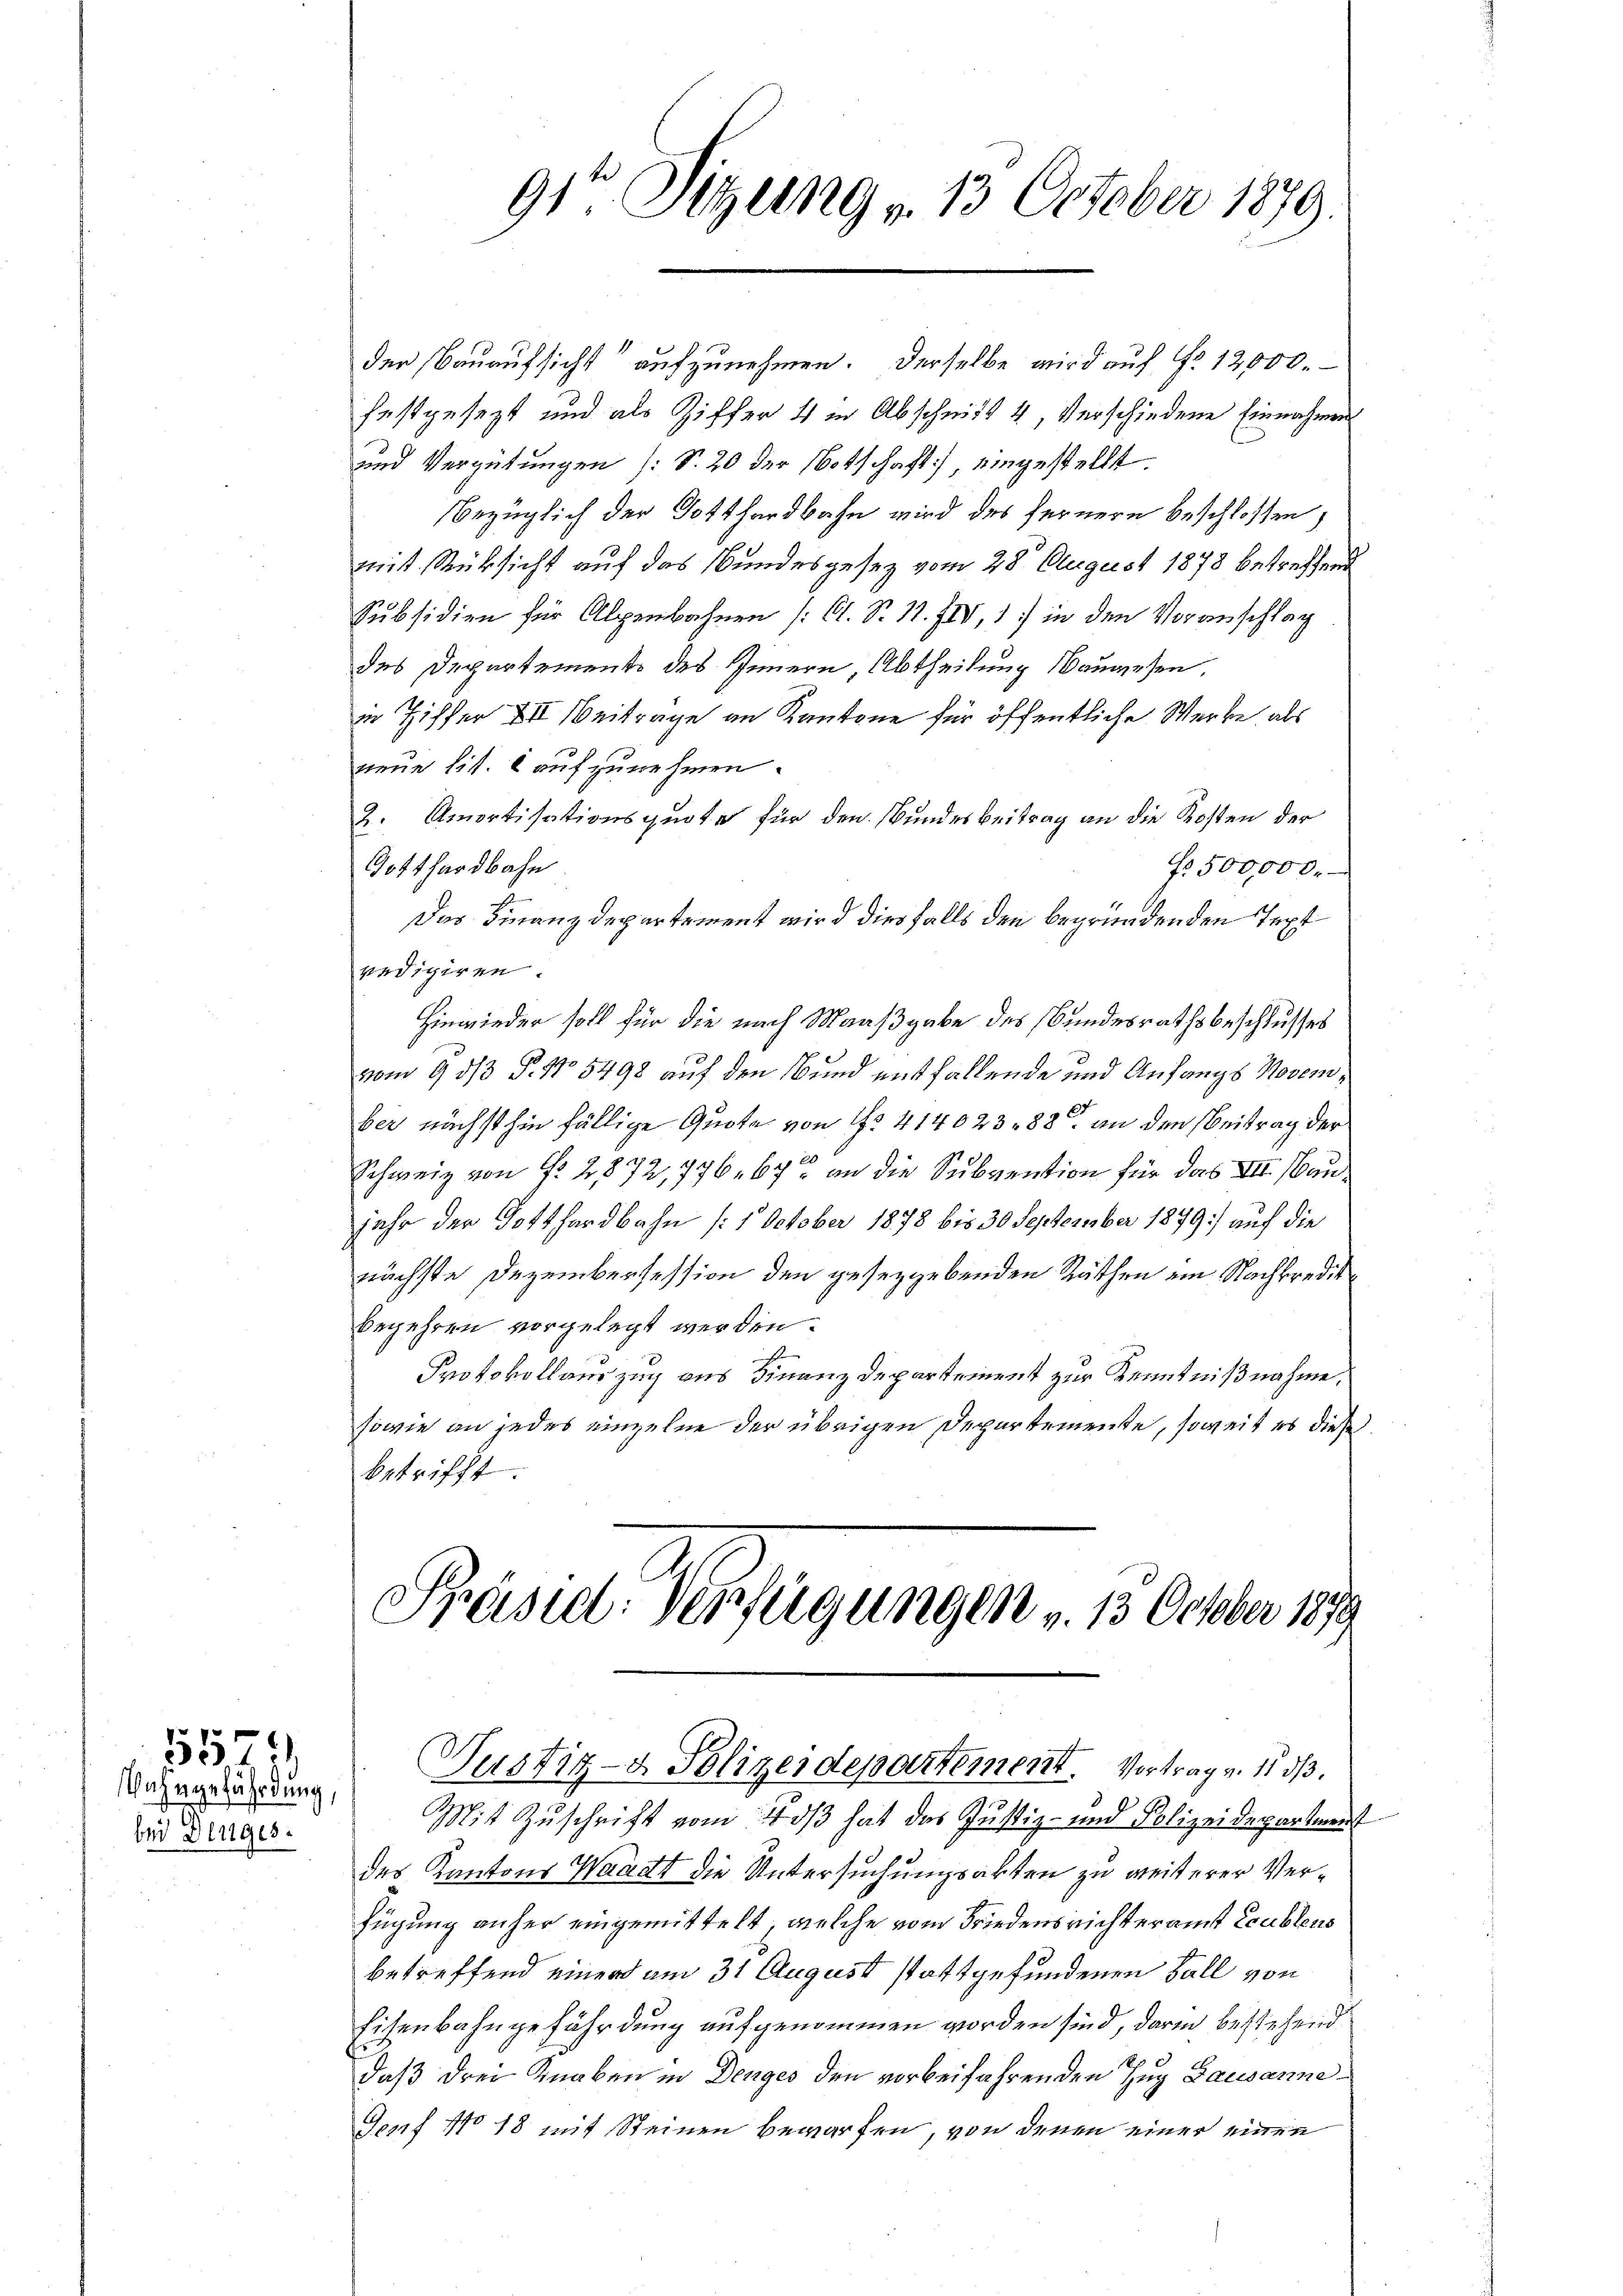
Bahngefährdung,
bei Dinges.

554

der Bauaufsicht“ aufzunehmen. Derselbe wird auf No 12000.
festgesezt und als Ziffer 4 in Abschnitt 4, verschiedene Einnahmen
und Vergütungen (S. 20 der Botschaft, eingestellt.
Bezüglich der Gotthardbahn wird des fernern beschlossen,
mit Rücksicht auf das Bundesgesez vom 28. August 1878 betreffend
Subsidien für Alpenbahnen (Ct. S. 11. IIV, 1) in den Voranschlag
des Departemente des Innern, Abtheilung Bauwesen,
in Ziffer XII. Beitrage an Kantone für öffentliche Werke, als
neue lit. 6 aufzunehmen.
2. Amortisationsquote für den Bundesbeitrag an die Kosten der
Gotthardbahn
No. 500,000.
Das Finanzdepartement wird diesfalls den begründenden Text
redigiren.
Hinwieder soll für die nach Maaßgabe des Bundesrathsbeschlusses
vom 9. ds P. No 5498 auf den Bund entfallende und Anfangs November nächsthin fällige Quote von 12 41402388 an den Beitrag der
1
Schweiz von N. 2872, 776. 67 - an die Subvention für das VII. Baujahr der Gotthardbahn (:1 October 1878 bis 30 September 1879) auf die
nächste Dezembersession den gesetzgebenden Räthen ein Nachkredit
begehren vorgelegt werden.
Protokollauszug aus Finanzdepartement zur Kenntnißnahme,
sowie an jedes einzelne der übrigen Departemente, soweit es diese
betrifft.

91ten Sitzung v. 13 October 1879.

Präsid. Verfügungen v. 13. October 1879.
Justiz- & Polizeidepartement. Vortrag v. 15. dß.

Mit Zuschrift vom Hos hat das Justiz- und Polizeidepartement
des Kantons Waadt die Untersuchungsakten zu weiterer Verfügung anher eingemittelt, welche vom Friedensrichteramt Leubleus
betreffend einer am 31 August stattgefundenen Fall von
Eisenbahngefährdung aufgenommen worden sind, darin bestehend
daß drei Knaben in Denges den vorbeifahrenden Zug Lausanne
Gorf No 18 mit Steinen bewarfen, von denen einer einen